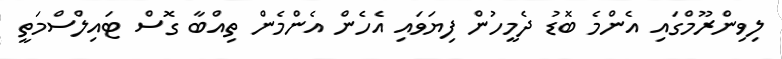
ލިވިންރޫމްގައި އެންމެ ބޮޑު ދެމީހުން ފިޔަވައި އެހެން އެންމެން ތިއްބާ ގޮސް ޓައިލްސްމަތީ